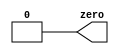
module top_module(
    output zero
);
    assign zero = 0;
endmodule